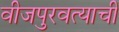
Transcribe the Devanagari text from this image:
वीजपुरवत्याची